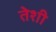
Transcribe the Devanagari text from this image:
तेशी